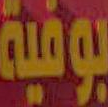
بوفية